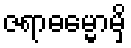
ဇရာဓမ္မောမှိ